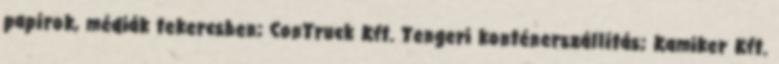
papírok, médiák tekercsben; ConTruck Kft. Tengeri konténerszállítás; Kamiker Kft.